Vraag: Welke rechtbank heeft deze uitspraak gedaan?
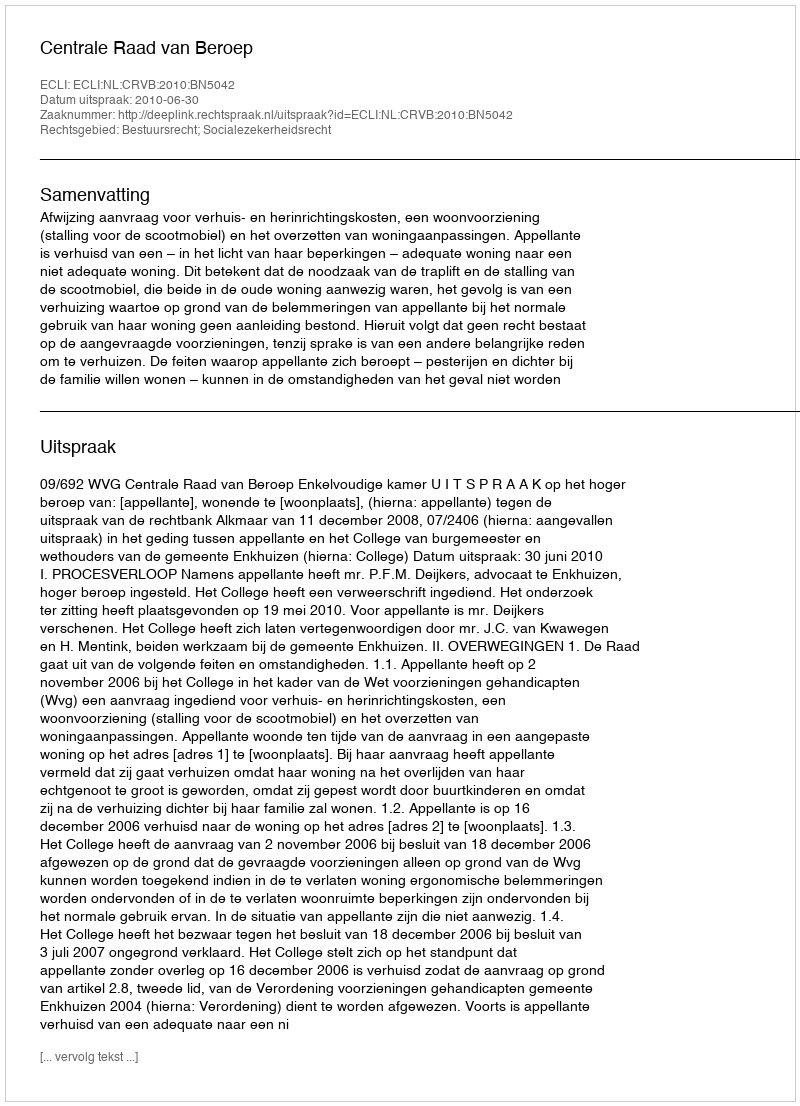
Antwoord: Centrale Raad van Beroep